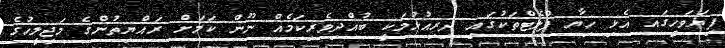
ފިޔަވަހީގައ އެޅި ހިޔާ ފްލެޓްތަކުގައި ދިރިއުޅުމަކީ ބުއްދިވެރިކަމެއް ނޫން ކަމަށް ރައްޔިތުންގެ މަޖިލީހުގެ